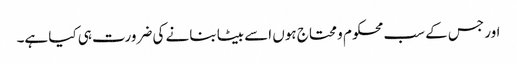
اور جس کے سب محکوم و محتاج ہوں اسے بیٹا بنانے کی ضرورت ہی کیا ہے۔